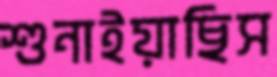
শুনাইয়াছিস